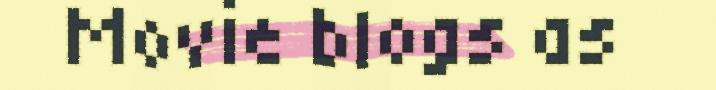
Movie blogs as